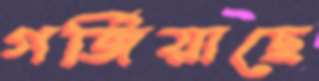
গর্জিয়াছে